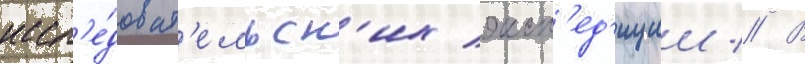
иссл'е́доват'ельск'их эксп'ед'иции // В